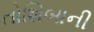
તોશિબાની